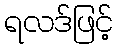
ရလဒ်ဖြင့်